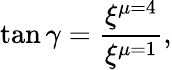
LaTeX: \tan\gamma=\frac{\xi^{\mu=4}}{\xi^{\mu=1}},